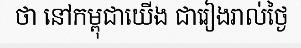
ថា នៅកម្ពុជាយើង ជារៀងរាល់ថ្ងៃ